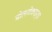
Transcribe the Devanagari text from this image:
मोलनोकाइट्स